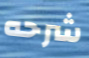
شرحه